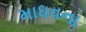
માધવના